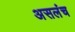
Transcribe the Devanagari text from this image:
असलंच